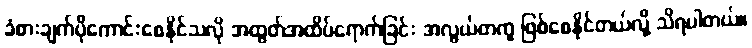
ခံစားချက်ပိုကောင်းစေနိုင်သလို အထွတ်အထိပ်ရောက်ခြင်း အလွယ်တကူ ဖြစ်စေနိုင်တယ်လို့ သိရပါတယ်။